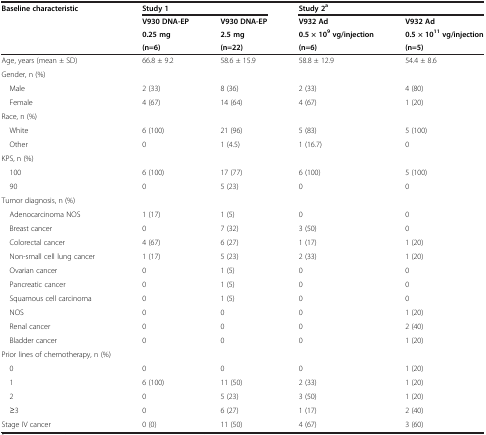
<table><thead><tr><td><b>Baseline characteristic</b></td><td colspan="2"><b>Study 1</b></td><td colspan="2"><b>Study 2<sup>a</sup></b></td></tr><tr><td><b> </b></td><td><b>V930 DNA-EP</b></td><td><b>V930 DNA-EP</b></td><td><b>V932 Ad</b></td><td><b>V932 Ad</b></td></tr><tr><td><b> </b></td><td><b>0.25 mg</b></td><td><b>2.5 mg</b></td><td><b>0.5 × 10<sup>9 </sup>vg/injection</b></td><td><b>0.5 × 10<sup>11 </sup>vg/injection</b></td></tr><tr><td><b> </b></td><td><b>(n=6)</b></td><td><b>(n=22)</b></td><td><b>(n=6)</b></td><td><b>(n=5)</b></td></tr></thead><tbody><tr><td>Age, years (mean ± SD)</td><td>66.8 ± 9.2</td><td>58.6 ± 15.9</td><td>58.8 ± 12.9</td><td>54.4 ± 8.6</td></tr><tr><td>Gender, n (%)</td><td> </td><td> </td><td> </td><td> </td></tr><tr><td> Male</td><td>2 (33)</td><td>8 (36)</td><td>2 (33)</td><td>4 (80)</td></tr><tr><td> Female</td><td>4 (67)</td><td>14 (64)</td><td>4 (67)</td><td>1 (20)</td></tr><tr><td>Race, n (%)</td><td> </td><td> </td><td> </td><td> </td></tr><tr><td> White</td><td>6 (100)</td><td>21 (96)</td><td>5 (83)</td><td>5 (100)</td></tr><tr><td> Other</td><td>0</td><td>1 (4.5)</td><td>1 (16.7)</td><td>0</td></tr><tr><td>KPS, n (%)</td><td> </td><td> </td><td> </td><td> </td></tr><tr><td> 100</td><td>6 (100)</td><td>17 (77)</td><td>6 (100)</td><td>5 (100)</td></tr><tr><td> 90</td><td>0</td><td>5 (23)</td><td>0</td><td>0</td></tr><tr><td>Tumor diagnosis, n (%)</td><td> </td><td> </td><td> </td><td> </td></tr><tr><td> Adenocarcinoma NOS</td><td>1 (17)</td><td>1 (5)</td><td>0</td><td>0</td></tr><tr><td> Breast cancer</td><td>0</td><td>7 (32)</td><td>3 (50)</td><td>0</td></tr><tr><td> Colorectal cancer</td><td>4 (67)</td><td>6 (27)</td><td>1 (17)</td><td>1 (20)</td></tr><tr><td> Non-small cell lung cancer</td><td>1 (17)</td><td>5 (23)</td><td>2 (33)</td><td>1 (20)</td></tr><tr><td> Ovarian cancer</td><td>0</td><td>1 (5)</td><td>0</td><td>0</td></tr><tr><td> Pancreatic cancer</td><td>0</td><td>1 (5)</td><td>0</td><td>0</td></tr><tr><td> Squamous cell carcinoma</td><td>0</td><td>1 (5)</td><td>0</td><td>0</td></tr><tr><td> NOS</td><td>0</td><td>0</td><td>0</td><td>1 (20)</td></tr><tr><td> Renal cancer</td><td>0</td><td>0</td><td>0</td><td>2 (40)</td></tr><tr><td> Bladder cancer</td><td>0</td><td>0</td><td>0</td><td>1 (20)</td></tr><tr><td>Prior lines of chemotherapy, n (%)</td><td> </td><td> </td><td> </td><td> </td></tr><tr><td> 0</td><td>0</td><td>0</td><td>0</td><td>1 (20)</td></tr><tr><td> 1</td><td>6 (100)</td><td>11 (50)</td><td>2 (33)</td><td>1 (20)</td></tr><tr><td> 2</td><td>0</td><td>5 (23)</td><td>3 (50)</td><td>1 (20)</td></tr><tr><td> ≥3</td><td>0</td><td>6 (27)</td><td>1 (17)</td><td>2 (40)</td></tr><tr><td>Stage IV cancer</td><td>0 (0)</td><td>11 (50)</td><td>4 (67)</td><td>3 (60)</td></tr></tbody></table>